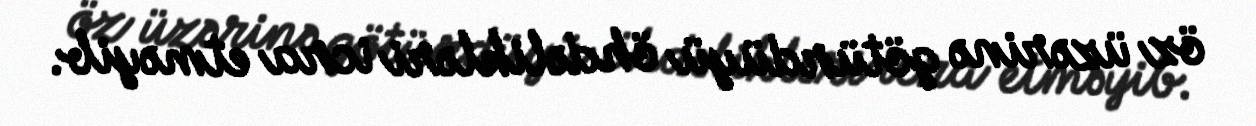
öz üzərinə götürdüyü öhdəlikləri icra etməyib.